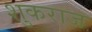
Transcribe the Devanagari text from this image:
शुकराज